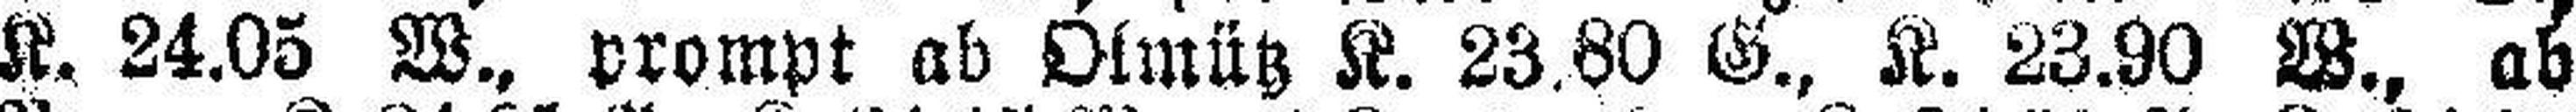
K. 24.05 W., prompt ab Olmütz K. 23.80 G., K. 23.90 W., ab